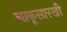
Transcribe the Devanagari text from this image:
चाकूसारखी